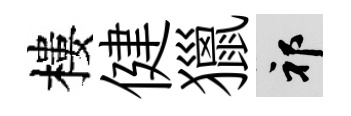
樓健獵祁